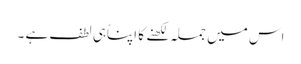
اس میں جملہ لکھنے کا اپناُہی لطف ہے ۔